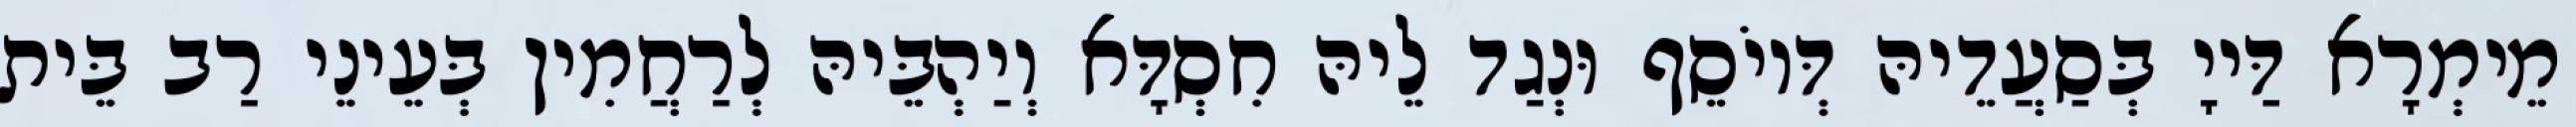
מֵימְרָא דַּייָ בְּסַעֲדֵיהּ דְּיוֹסֵף וּנְגַד לֵיהּ חִסְדָּא וְיַהְבֵּיהּ לְרַחֲמִין בְּעֵינֵי רַב בֵּית